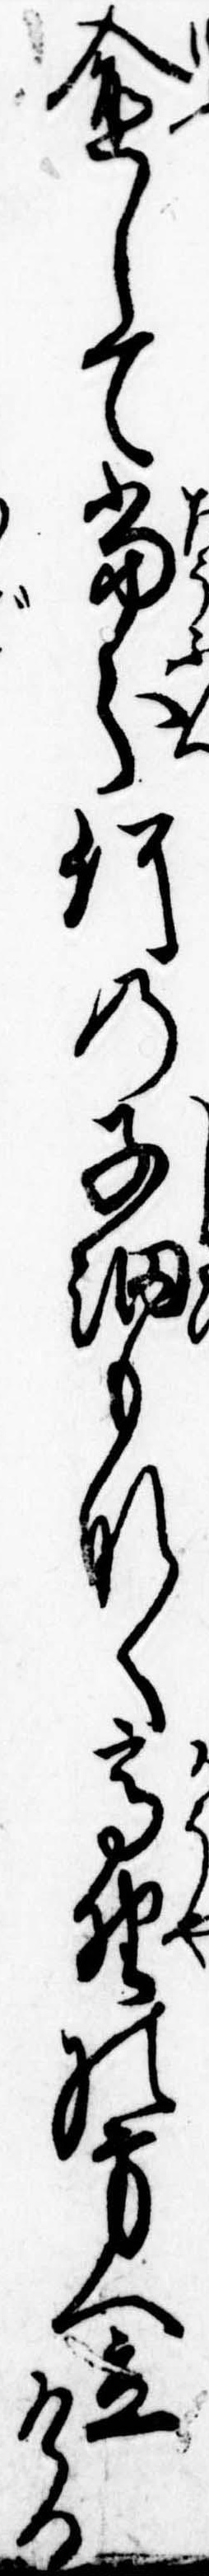
愈して当分何の子細もなく高野の方へ立ける